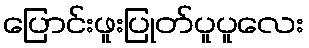
ပြောင်းဖူးပြုတ်ပူပူလေး